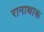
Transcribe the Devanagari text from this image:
रानाथारू